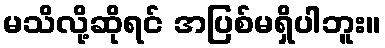
မသိလို့ဆိုရင် အပြစ်မရှိပါဘူး။